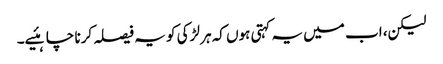
لیکن، اب میں یہ کہتی ہوں کہ ہر لڑکی کو یہ فیصلہ کرنا چاہئیے۔